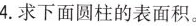
4.求下面圆柱的表面积。